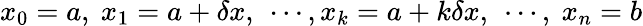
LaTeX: x_{0}=a,\ x_{1}=a+\delta x,\ \cdots,x_{k}=a+k\delta x,\ \cdots,\ x_{n}=b